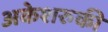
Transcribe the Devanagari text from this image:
अकेशरुकी